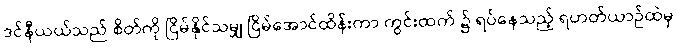
ဒင်နီယယ်သည် စိတ်ကို ငြိမ်နိုင်သမျှ ငြိမ်အောင်ထိန်းကာ ကွင်းထက် ၌ ရပ်နေသည့် ရဟတ်ယာဉ်ထဲမှ